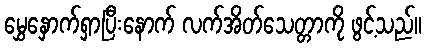
မွှေနှောက်ရှာပြီးနောက် လက်အိတ်သေတ္တာကို ဖွင့်သည်။